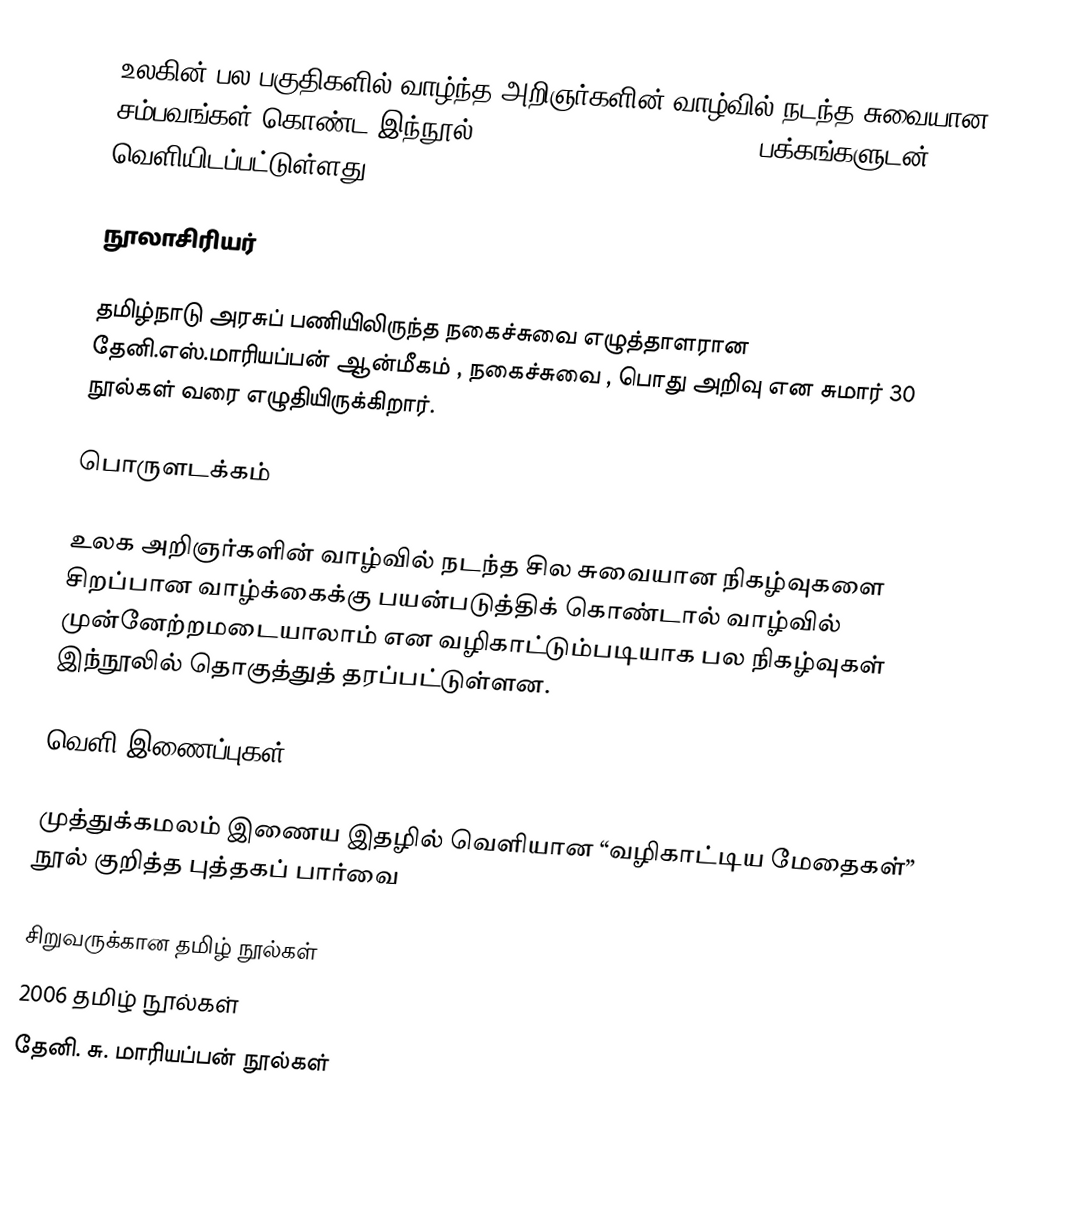
உலகின் பல பகுதிகளில் வாழ்ந்த அறிஞர்களின் வாழ்வில் நடந்த சுவையான சம்பவங்கள் கொண்ட இந்நூல் (ISBN 97-881-8976-78-5) 192 பக்கங்களுடன் வெளியிடப்பட்டுள்ளது.

நூலாசிரியர்

தமிழ்நாடு அரசுப்  பணியிலிருந்த நகைச்சுவை எழுத்தாளரான தேனி.எஸ்.மாரியப்பன்  ஆன்மீகம் , நகைச்சுவை , பொது அறிவு  என சுமார் 30 நூல்கள் வரை எழுதியிருக்கிறார்.

பொருளடக்கம்

உலக அறிஞர்களின் வாழ்வில் நடந்த சில சுவையான நிகழ்வுகளை சிறப்பான வாழ்க்கைக்கு பயன்படுத்திக் கொண்டால் வாழ்வில் முன்னேற்றமடையாலாம் என வழிகாட்டும்படியாக பல நிகழ்வுகள் இந்நூலில் தொகுத்துத் தரப்பட்டுள்ளன.

வெளி இணைப்புகள்

  முத்துக்கமலம் இணைய இதழில் வெளியான “வழிகாட்டிய மேதைகள்” நூல் குறித்த புத்தகப் பார்வை

சிறுவருக்கான தமிழ் நூல்கள்
2006 தமிழ் நூல்கள்
தேனி. சு. மாரியப்பன் நூல்கள்